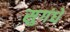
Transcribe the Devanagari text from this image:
सुगंधे